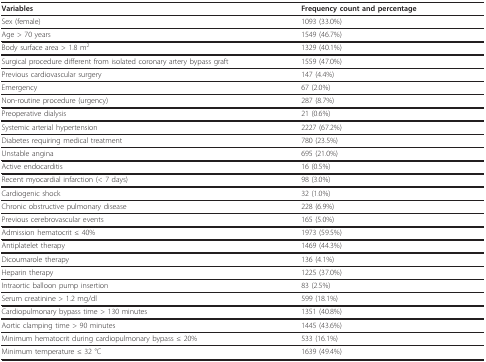
| Variables | Frequency count and percentage |
 | --- | --- |
 | Sex (female) | 1093 (33.0%) |
 | Age > 70 years | 1549 (46.7%) |
 | Body surface area > 1.8 m2 | 1329 (40.1%) |
 | Surgical procedure different from isolated coronary artery bypass graft | 1559 (47.0%) |
 | Previous cardiovascular surgery | 147 (4.4%) |
 | Emergency | 67 (2.0%) |
 | Non-routine procedure (urgency) | 287 (8.7%) |
 | Preoperative dialysis | 21 (0.6%) |
 | Systemic arterial hypertension | 2227 (67.2%) |
 | Diabetes requiring medical treatment | 780 (23.5%) |
 | Unstable angina | 695 (21.0%) |
 | Active endocarditis | 16 (0.5%) |
 | Recent myocardial infarction (< 7 days) | 98 (3.0%) |
 | Cardiogenic shock | 32 (1.0%) |
 | Chronic obstructive pulmonary disease | 228 (6.9%) |
 | Previous cerebrovascular events | 165 (5.0%) |
 | Admission hematocrit ≤ 40% | 1973 (59.5%) |
 | Antiplatelet therapy | 1469 (44.3%) |
 | Dicoumarole therapy | 136 (4.1%) |
 | Heparin therapy | 1225 (37.0%) |
 | Intraortic balloon pump insertion | 83 (2.5%) |
 | Serum creatinine > 1.2 mg/dl | 599 (18.1%) |
 | Cardiopulmonary bypass time > 130 minutes | 1351 (40.8%) |
 | Aortic clamping time > 90 minutes | 1445 (43.6%) |
 | Minimum hematocrit during cardiopulmonary bypass ≤ 20% | 533 (16.1%) |
 | Minimum temperature ≤ 32 °C | 1639 (49.4%) |